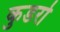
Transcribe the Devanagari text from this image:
कुडरो